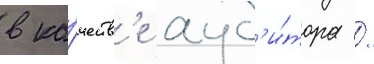
в ка́честв'е ауд'и́тора /